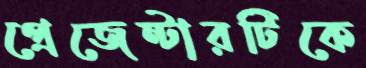
প্রেজেন্টারটিকে